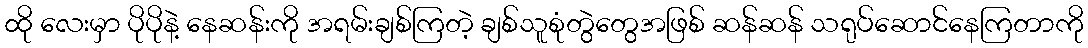
ထို လေးမှာ ပိုပိုနဲ့ နေဆန်းကို အရမ်းချစ်ကြတဲ့ ချစ်သူစုံတွဲတွေအဖြစ် ဆန်ဆန် သရုပ်ဆောင်နေကြတာကို